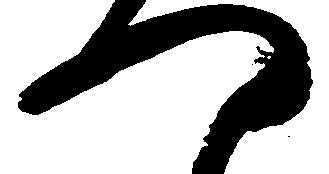
つ